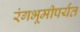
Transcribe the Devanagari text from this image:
रंगभूमीपर्यंत